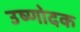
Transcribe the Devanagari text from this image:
उष्णोदक